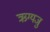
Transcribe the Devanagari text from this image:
ऋग्यजु